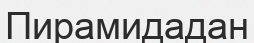
Пирамидадан